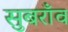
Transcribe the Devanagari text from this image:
सुबराँव